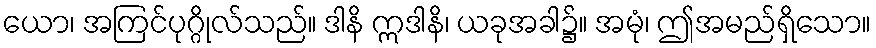
ယော၊ အကြင်ပုဂ္ဂိုလ်သည်။ ဒါနိ ဣဒါနိ၊ ယခုအခါ၌။ အမုံ၊ ဤအမည်ရှိသော။